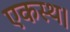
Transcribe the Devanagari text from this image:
एकस्थ।